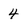
Character: 4